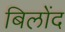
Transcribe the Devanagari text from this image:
बिलोंद